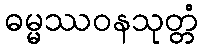
ဓမ္မဿဝနသုတ္တံ